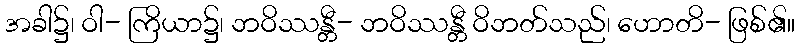
အခါ၌၊ ဝါ- ကြိယာ၌၊ ဘဝိဿန္တီ- ဘဝိဿန္တီ ဝိဘတ်သည်၊ ဟောတိ- ဖြစ်၏။